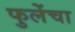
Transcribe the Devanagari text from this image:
फुलेंचा